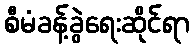
စီမံခန့်ခွဲရေးဆိုင်ရာ